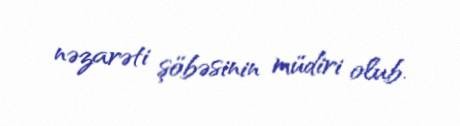
nəzarəti şöbəsinin müdiri olub.